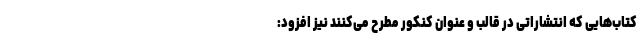
کتاب‌هایی که انتشاراتی در قالب و عنوان کنکور مطرح می‌کنند نیز افزود: